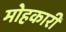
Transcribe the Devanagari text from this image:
मोहकारी